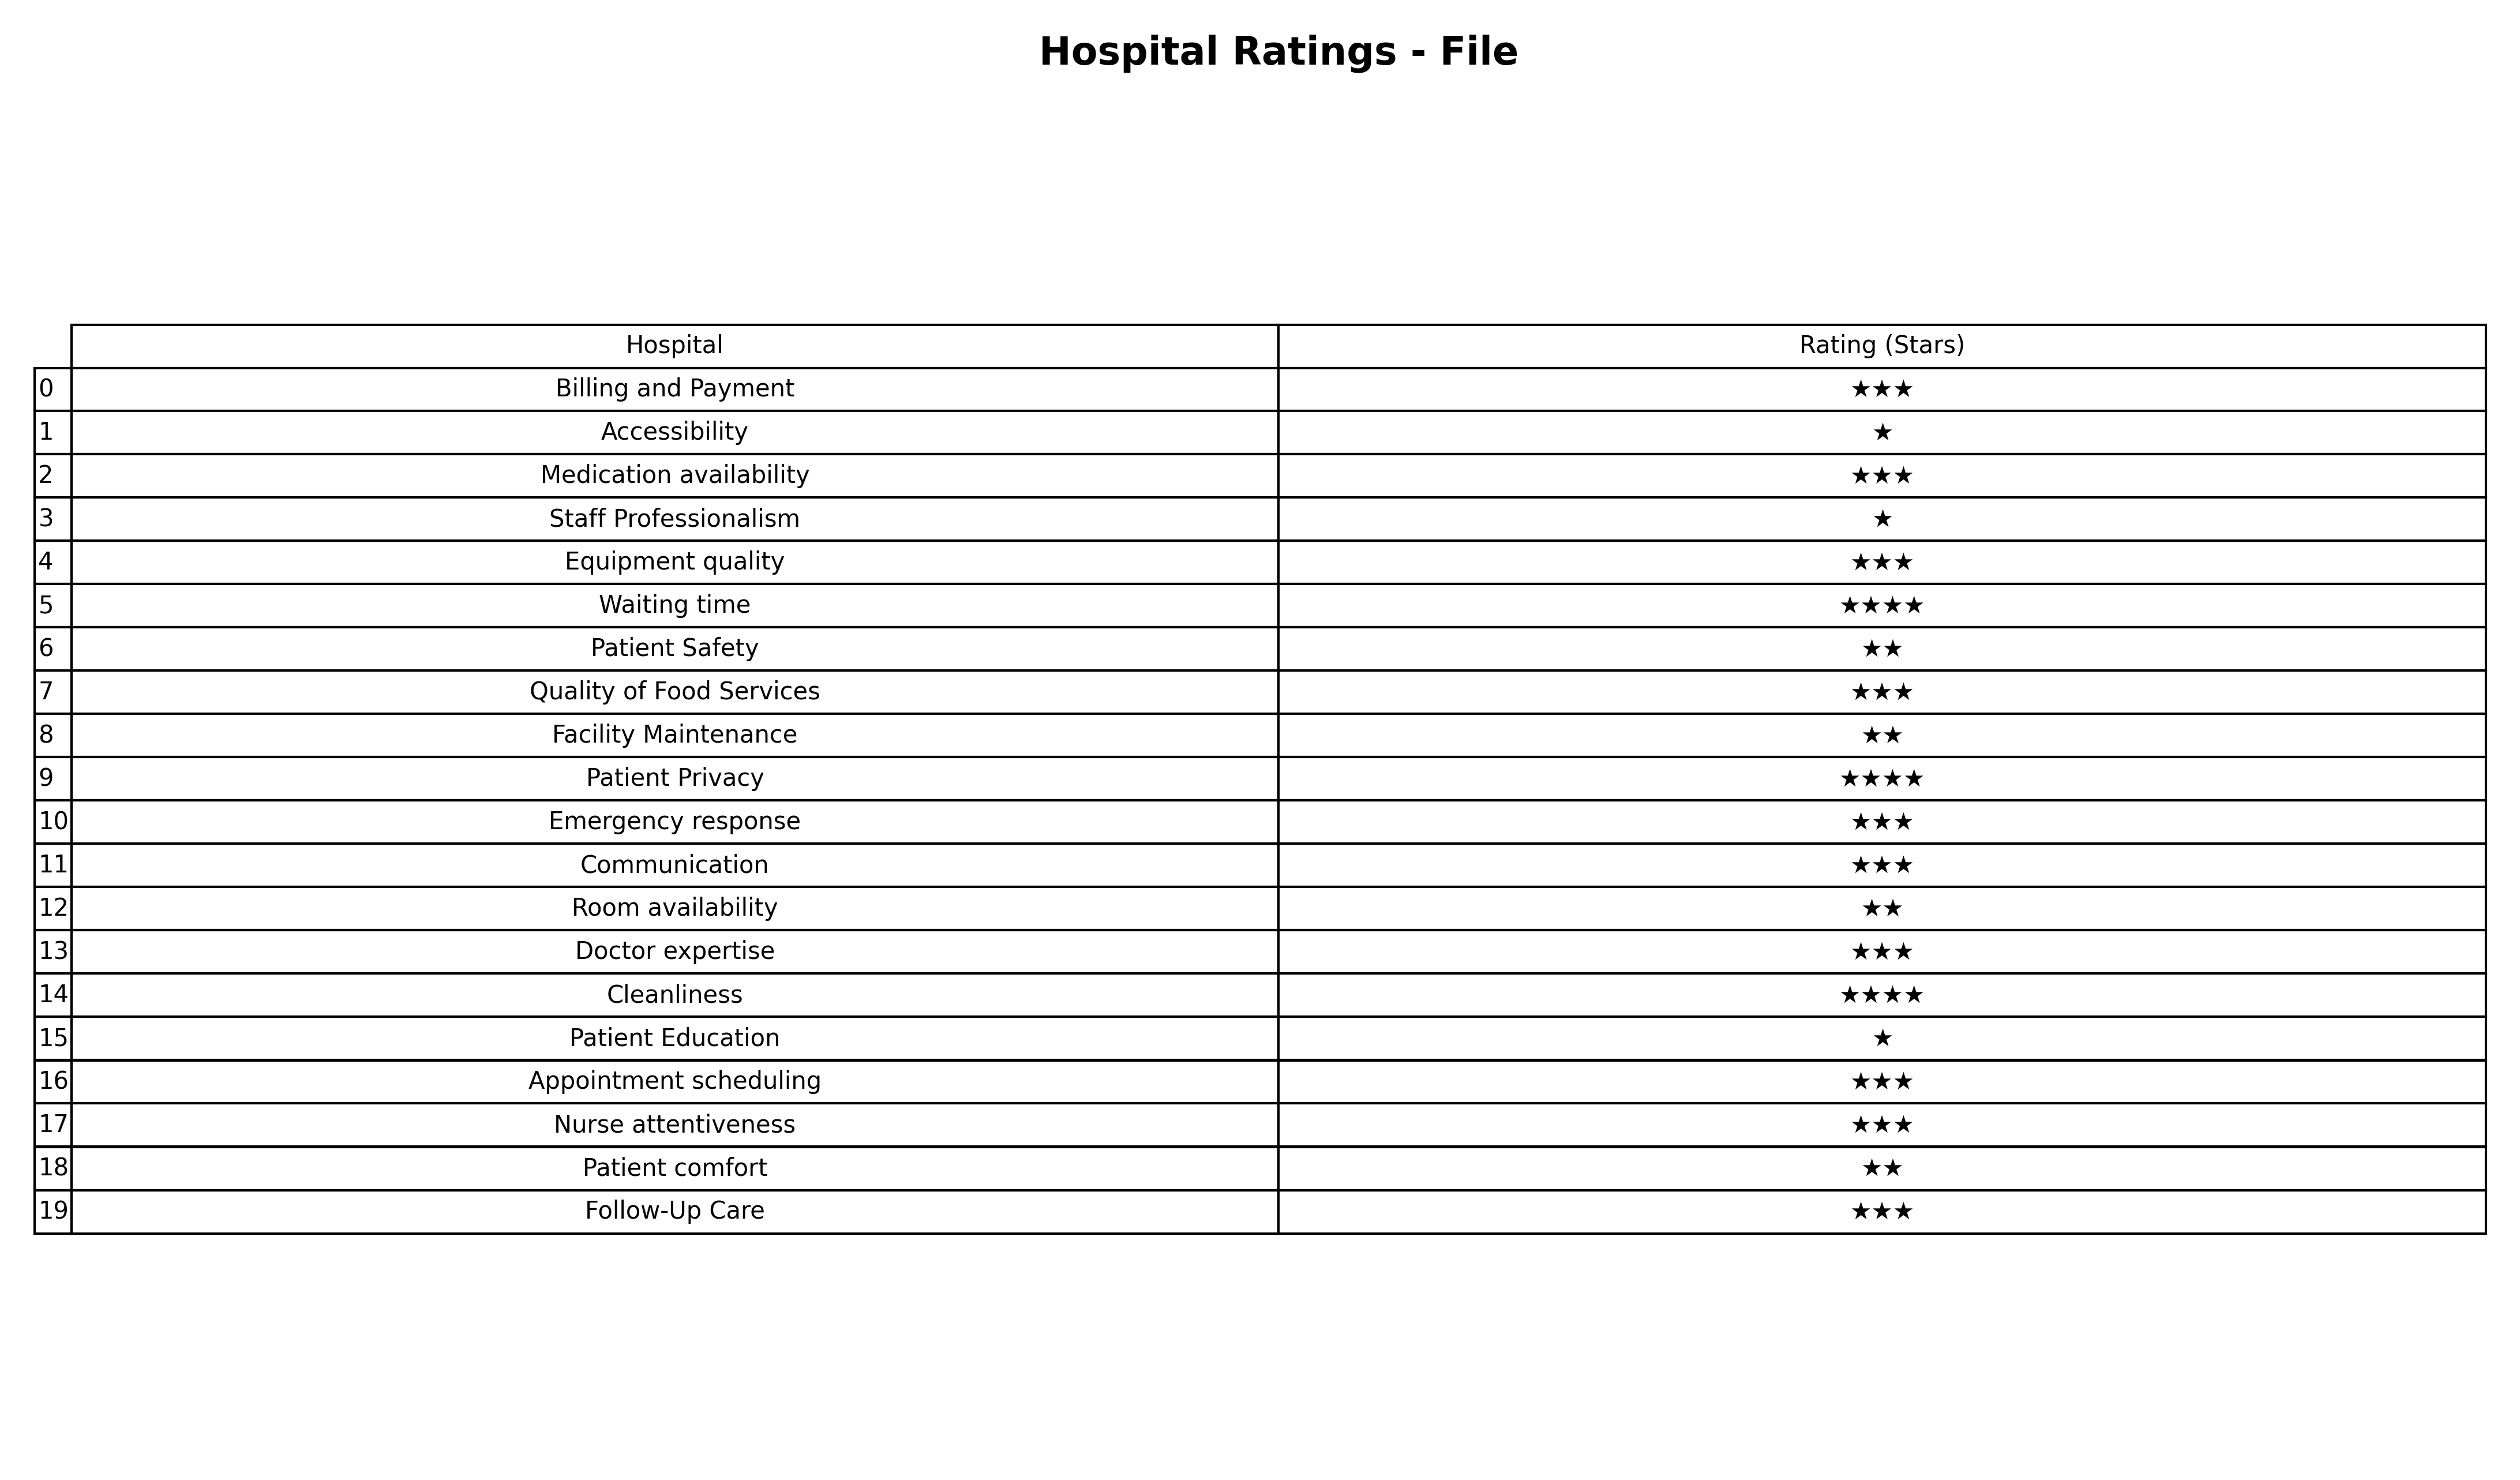
question: Which services are rated average?
answer: Billing and PaymentMedication availabilityEquipment qualityQuality of Food ServicesEmergency responseCommunicationDoctor expertiseAppointment schedulingNurse attentivenessFollow-Up Care